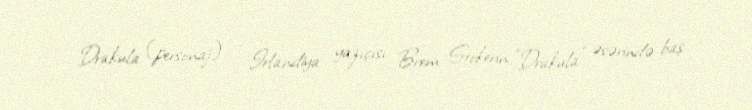
Drakula (personaj) — İrlandiya yazıçısı Brem Stokerin "Drakula" əsərində baş